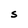
Character: S